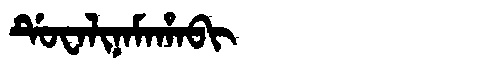
Manchu: ᡩᡠᠸᠠᠯᡳᠨᠠᠮᠠᡥᠠᠪᡳ
Romanization: DUWALINAMAHABI